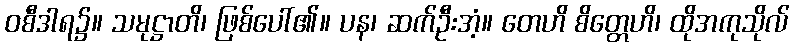
ဝစီဒါရ၌။ သမုဋ္ဌာတိ၊ ဖြစ်ပေါ်၏။ ပန၊ ဆက်ဦးအံ့။ တေဟိ စိတ္တေဟိ၊ ထိုအကုသိုလ်